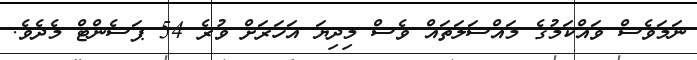
ނަމަވެސް ވައްކަމުގެ މައްސަލަތައް ވެސް މިދިޔަ އަހަރަށް ވުރެ 54 ޕަސެންޓް މެދެވެ.